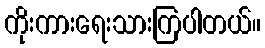
ကိုးကားရေးသားကြပါတယ်။